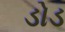
ડોડ